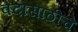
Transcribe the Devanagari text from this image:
वेदांसाठीचे